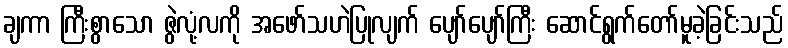
ချကာ ကြီးစွာသော ဇွဲလုံ့လကို အဖော်သဟဲပြုလျက် ပျော်ပျော်ကြီး ဆောင်ရွက်တော်မူခဲ့ခြင်းသည်